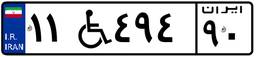
۱۶W۸۰۳۸۰